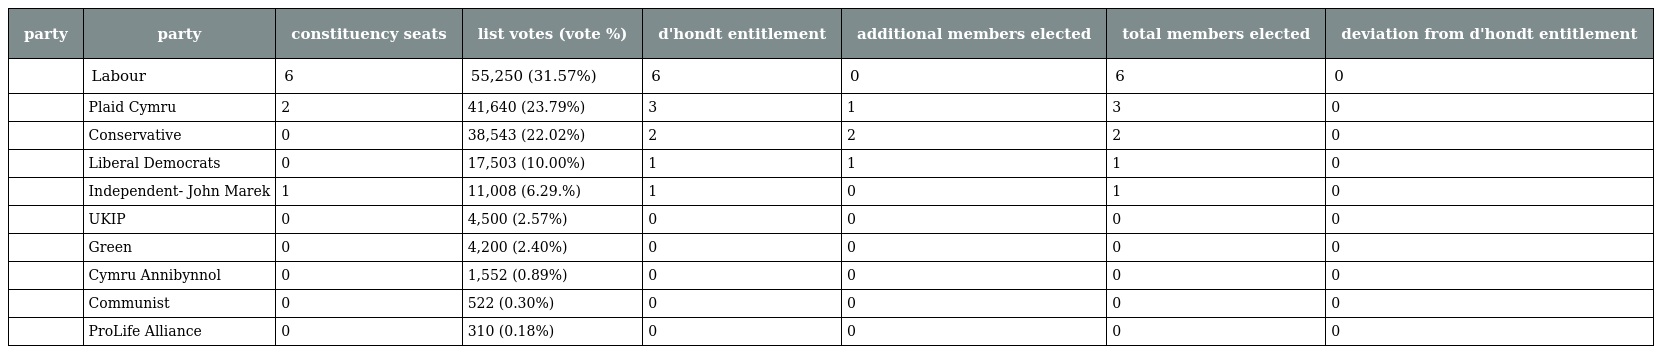
| party | party | constituency seats | list votes (vote %) | d'hondt entitlement | additional members elected | total members elected | deviation from d'hondt entitlement |
 | --- | --- | --- | --- | --- | --- | --- | --- |
 |  | Labour | 6 | 55,250 (31.57%) | 6 | 0 | 6 | 0 |
 |  | Plaid Cymru | 2 | 41,640 (23.79%) | 3 | 1 | 3 | 0 |
 |  | Conservative | 0 | 38,543 (22.02%) | 2 | 2 | 2 | 0 |
 |  | Liberal Democrats | 0 | 17,503 (10.00%) | 1 | 1 | 1 | 0 |
 |  | Independent- John Marek | 1 | 11,008 (6.29.%) | 1 | 0 | 1 | 0 |
 |  | UKIP | 0 | 4,500 (2.57%) | 0 | 0 | 0 | 0 |
 |  | Green | 0 | 4,200 (2.40%) | 0 | 0 | 0 | 0 |
 |  | Cymru Annibynnol | 0 | 1,552 (0.89%) | 0 | 0 | 0 | 0 |
 |  | Communist | 0 | 522 (0.30%) | 0 | 0 | 0 | 0 |
 |  | ProLife Alliance | 0 | 310 (0.18%) | 0 | 0 | 0 | 0 |